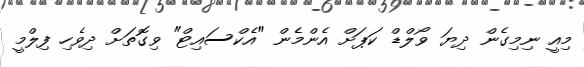
މިއީ ނިމިގެން ދިޔަ ވޯލްޑް ކަޕަށް އެންމެން "އެކްސައިޓް" ވިގޮތަށް ދިވެހި ފިލްމީ